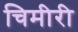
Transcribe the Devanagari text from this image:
चिमीरी